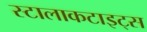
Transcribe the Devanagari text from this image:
स्टालाकटाइट्स